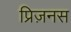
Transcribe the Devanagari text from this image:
प्रिज़नस